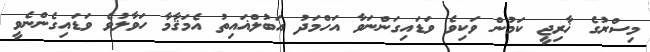
މިސްރުގެ ޚާރިޖީ ކަމުން ވަކިވެ ވަޑައިގަންނަވާ އަހްމަދު އަބުލްޣައިތު އެމަޤާމާ ހަވާލުވެ ވަޑައިގެންނެވީ